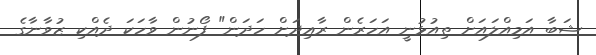
ޝަބާ އަމިއްލައަށް ތިއުޅުނީ އަހަރެން ރާޢިދަށް ހަދަން" ފޯނުން ވާހަކަ ދެއްކި ޒުވާނާގެ